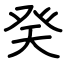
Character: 癸